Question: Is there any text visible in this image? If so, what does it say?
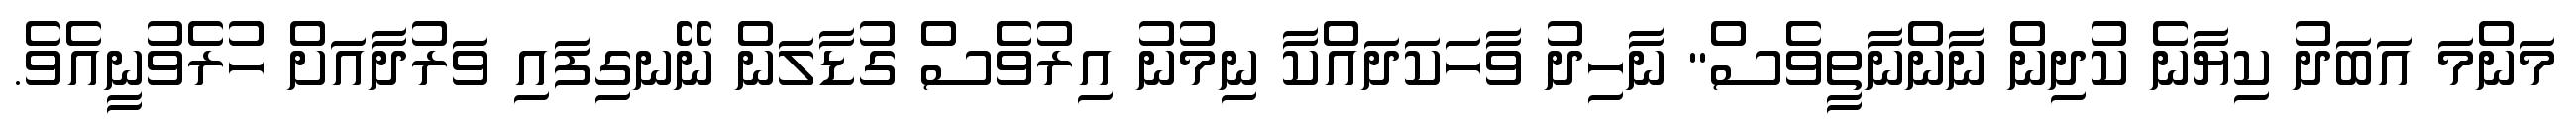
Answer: މަންމަ އަބަދު ކިޔާނެ ކުދިން ނާންނާތީވެސް" ނާހިދު ވާހަކަދައްކާ ނިމުނު އިރުވެސް ގުޑާލަން ނޭނގިފައި ވަރުދާއަށް ހުރެވުނީއެވެ.